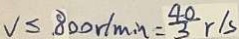
V \leq 8 0 0 r / \min = \frac { 4 0 } { 3 } r / s